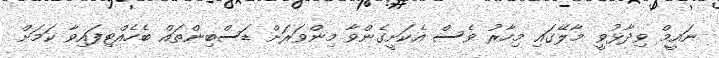
ނައީމް ވިދާޅުވީ މާލޭގައި މިހާރު ވެސް އެކަށީގެންވާ މިންވަރަށް ޑަސްބިންތައް ބެހެއްޓިފައިވާ ކަމަށް